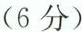
(6分)